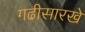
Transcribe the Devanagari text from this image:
गढीसारखे